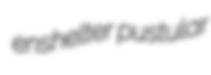
enshelter pustular